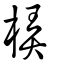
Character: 梇